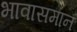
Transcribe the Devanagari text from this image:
भावासमान